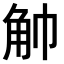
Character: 𧢹